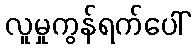
လူမှုကွန်ရက်ပေါ်